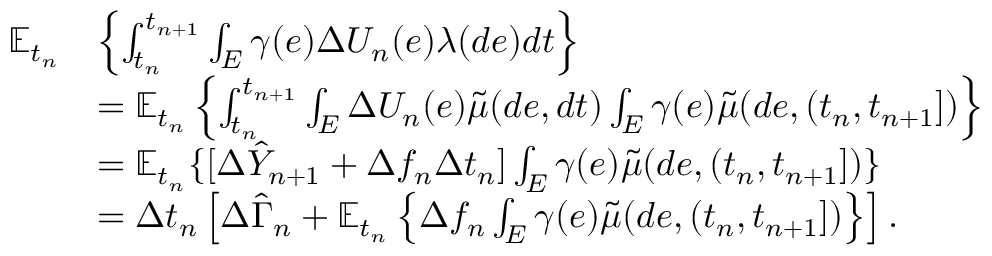
\begin{array} { r } { \begin{array} { r l } { \mathbb { E } _ { t _ { n } } } & { \left\{ \int _ { t _ { n } } ^ { t _ { n + 1 } } \int _ { E } \gamma ( e ) \Delta U _ { n } ( e ) \lambda ( d e ) d t \right\} } \\ & { = \mathbb { E } _ { t _ { n } } \left\{ \int _ { t _ { n } } ^ { t _ { n + 1 } } \int _ { E } \Delta U _ { n } ( e ) \tilde { \mu } ( d e , d t ) \int _ { E } \gamma ( e ) \tilde { \mu } ( d e , ( t _ { n } , t _ { n + 1 } ] ) \right\} } \\ & { = \mathbb { E } _ { t _ { n } } \{ [ \Delta \hat { Y } _ { n + 1 } + \Delta f _ { n } \Delta t _ { n } ] \int _ { E } \gamma ( e ) \tilde { \mu } ( d e , ( t _ { n } , t _ { n + 1 } ] ) \} } \\ & { = \Delta t _ { n } \left[ \Delta \hat { \Gamma } _ { n } + \mathbb { E } _ { t _ { n } } \left\{ \Delta f _ { n } \int _ { E } \gamma ( e ) \tilde { \mu } ( d e , ( t _ { n } , t _ { n + 1 } ] ) \right\} \right] . } \end{array} } \end{array}